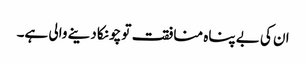
ان کی بے پناہ منافقت تو چونکا دینے والی ہے۔